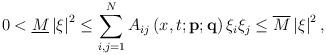
LaTeX: \begin{align*}0<\underline{M}\left|\xi\right|^{2} \le \sum_{i,j=1}^{N}A_{ij}\left(x,t;\mathbf{p};\mathbf{q}\right)\xi_{i}\xi_{j}\le\overline{M}\left|\xi\right|^{2},\end{align*}